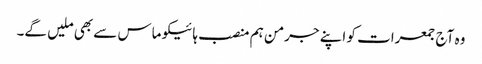
وہ آج جمعرات کو اپنے جرمن ہم منصب ہائیکو ماس سے بھی ملیں گے۔